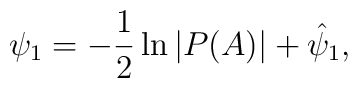
\psi_1=-\frac{1}{2}\ln |P(A)| +\hat{\psi}_1,